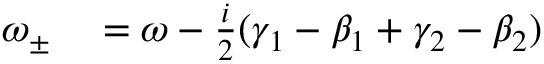
\begin{array} { r l } { \omega _ { \pm } } & { { } = \omega - \frac { i } { 2 } ( \gamma _ { 1 } - \beta _ { 1 } + \gamma _ { 2 } - \beta _ { 2 } ) } \end{array}